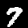
Label: 7